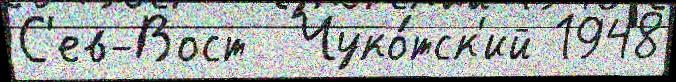
С'ев-Вост  Чуко́тск'ий 1948